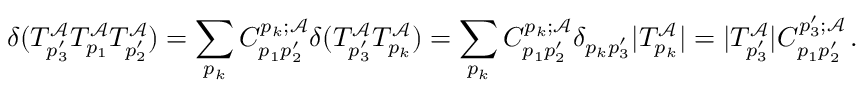
\delta ( T _ { p _ { 3 } ^ { \prime } } ^ { \mathcal { A } } T _ { p _ { 1 } } ^ { \mathcal { A } } T _ { p _ { 2 } ^ { \prime } } ^ { \mathcal { A } } ) = \sum _ { p _ { k } } C _ { p _ { 1 } p _ { 2 } ^ { \prime } } ^ { p _ { k } ; \mathcal { A } } \delta ( T _ { p _ { 3 } ^ { \prime } } ^ { \mathcal { A } } T _ { p _ { k } } ^ { \mathcal { A } } ) = \sum _ { p _ { k } } C _ { p _ { 1 } p _ { 2 } ^ { \prime } } ^ { p _ { k } ; \mathcal { A } } \delta _ { p _ { k } p _ { 3 } ^ { \prime } } | T _ { p _ { k } } ^ { \mathcal { A } } | = | T _ { p _ { 3 } ^ { \prime } } ^ { \mathcal { A } } | C _ { p _ { 1 } p _ { 2 } ^ { \prime } } ^ { p _ { 3 } ^ { \prime } ; \mathcal { A } } \, .